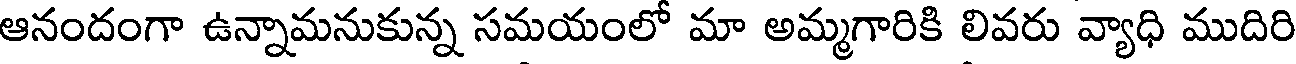
ఆనందంగా ఉన్నామనుకున్న సమయంలో మా అమ్మగారికి లివరు వ్యాధి ముదిరి